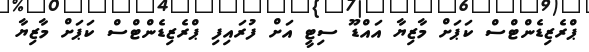
ޕްރެޒިޑެންޓްސް ކަޕަށް މާޒިޔާ އައްޑޫ ސިޓީ އަށް ފުރައިފި ޕްރެޒިޑެންޓްސް ކަޕަށް މާޒިޔާ